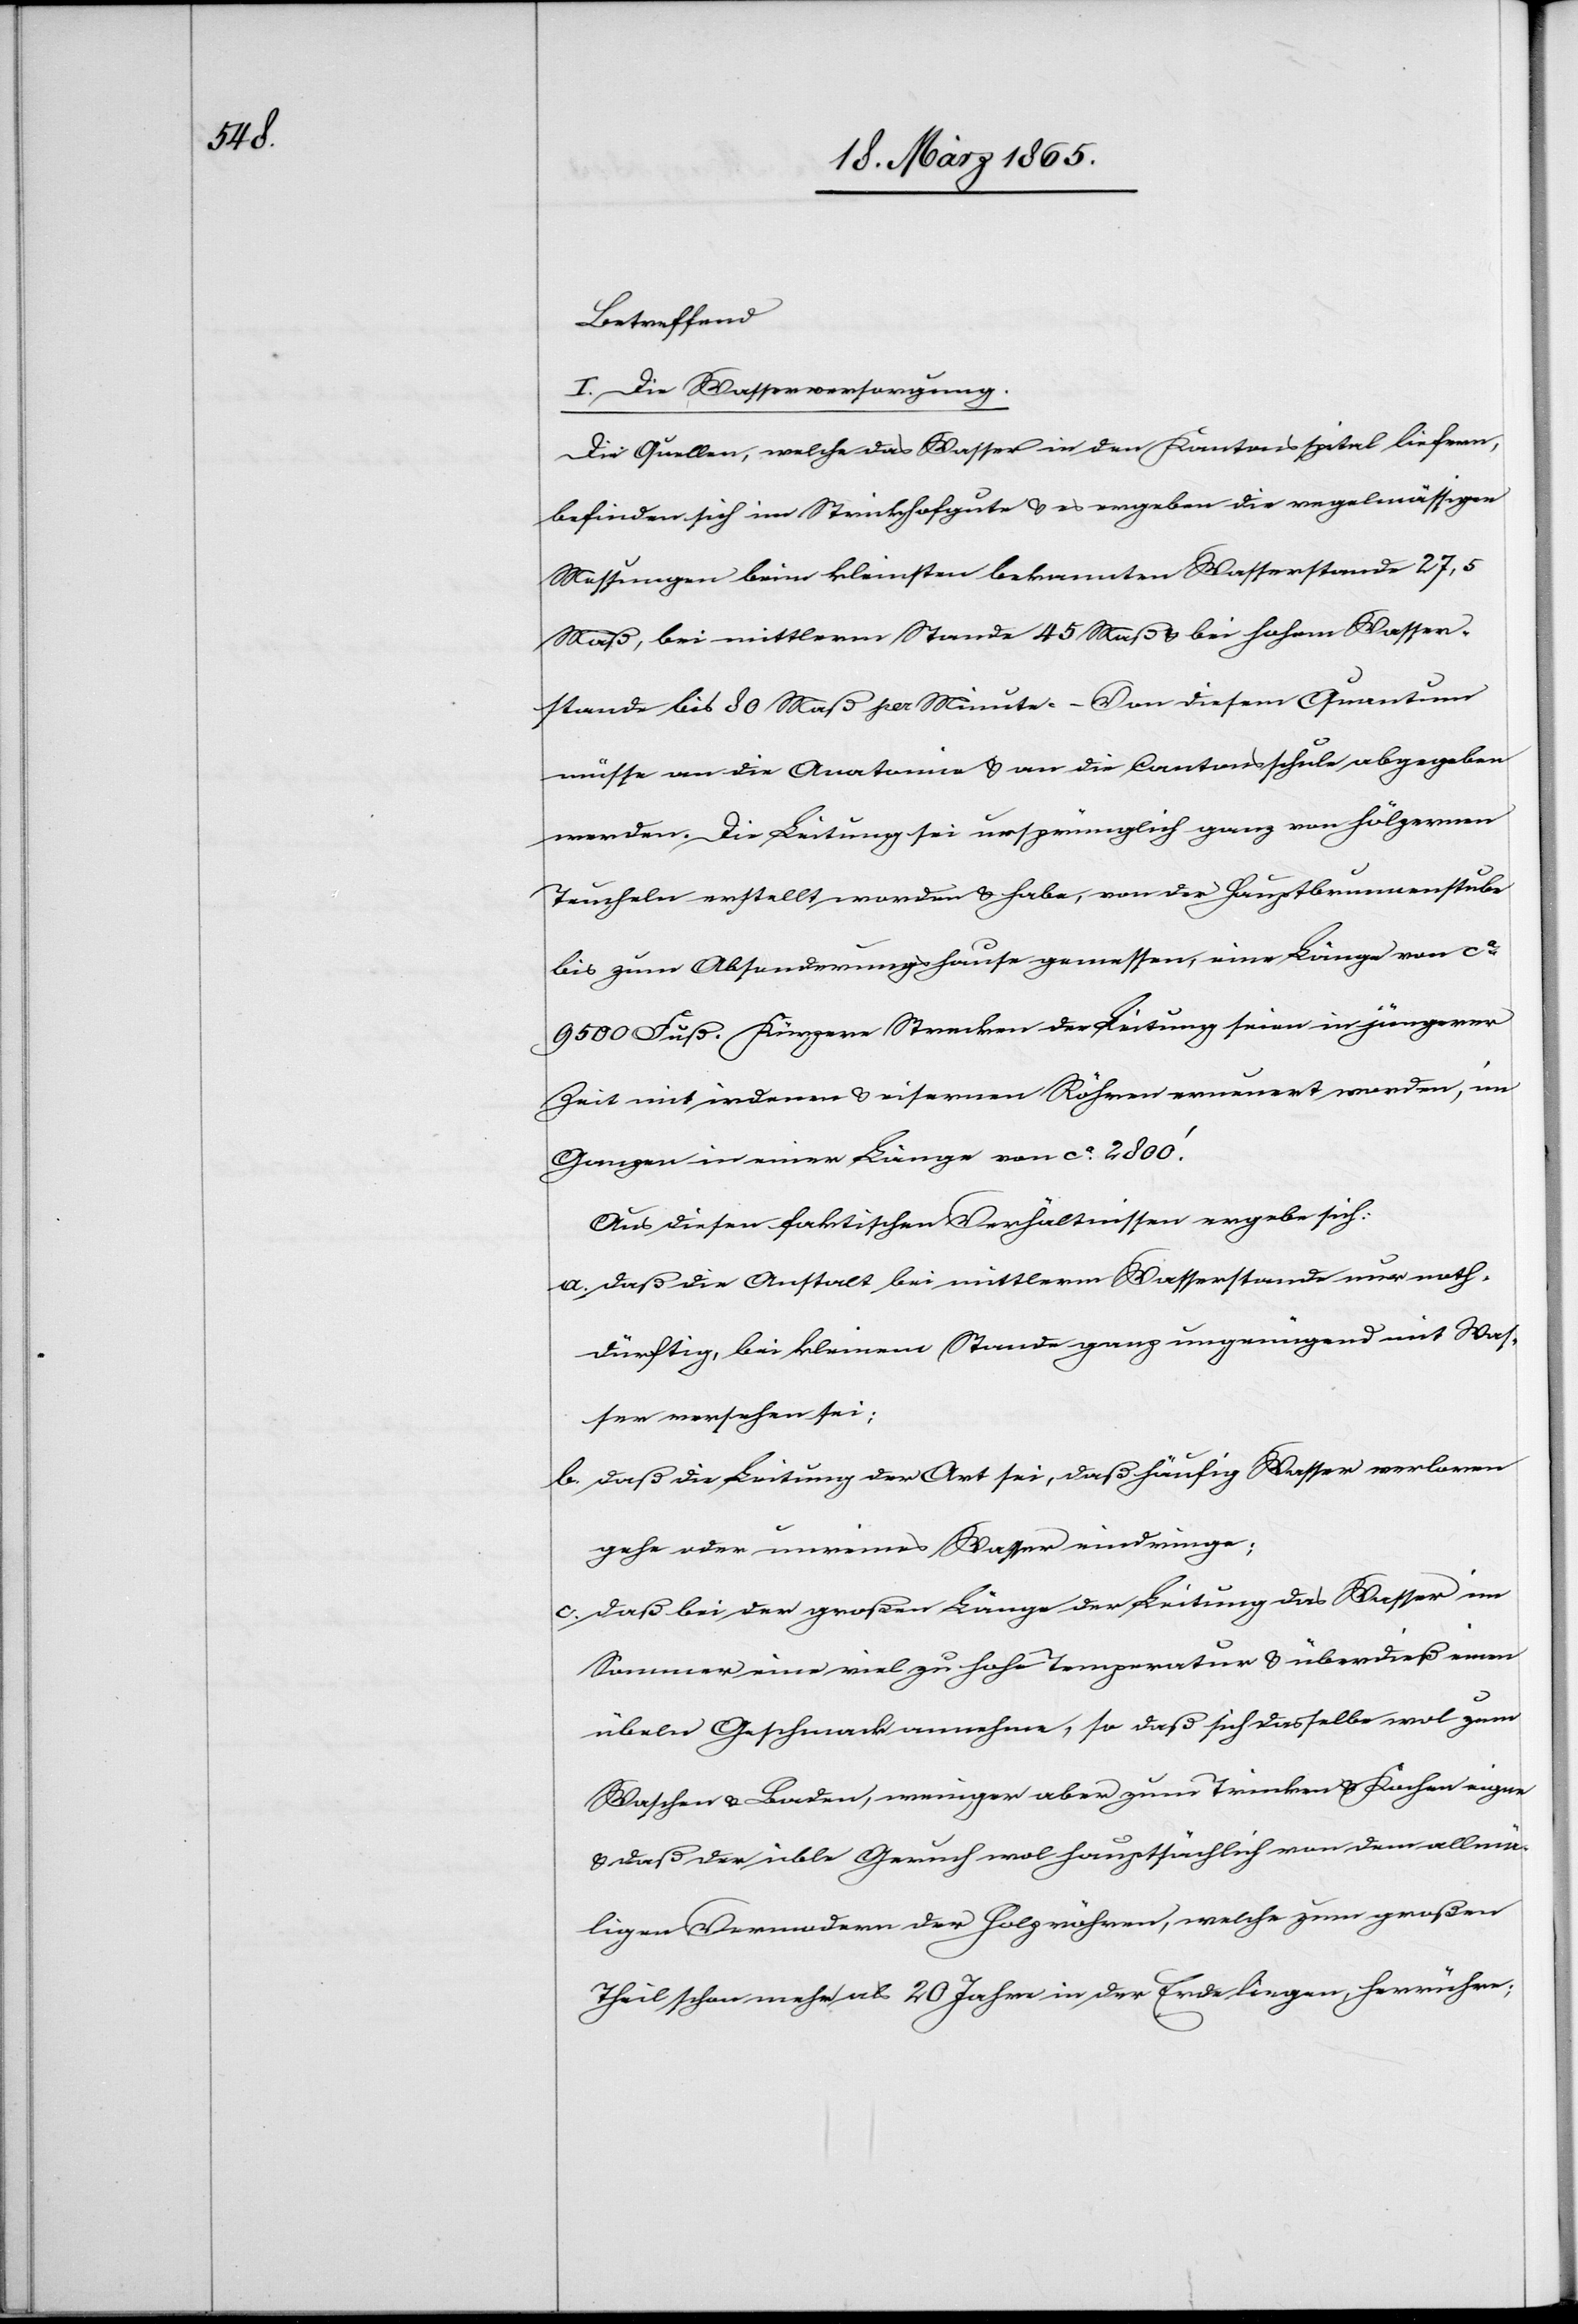
Betreffend
I. Die Wasserversorgung.
Die Quellen, welche das Wasser in den Kantonsspital liefern,
befinden sich im Strickhofgute & es ergeben die regelmässigen
Messungen beim kleinsten bekannten Wasserstande 27,5
Maß, bei mittlerm Stande 45 Maß & bei hohem Wasser¬
stande bis 80 Maß per Minute. – Von diesem Quantum
müsse an die Anatomie & an die Cantonsschule abgegeben
werden. Die Leitung sei ursprünglich ganz von hölzernen
Teucheln erstellt worden & habe, von der Hauptbrunnenstube
bis zum Absonderungshause gemessen, eine Länge von ca
9500 Fuß. Kürzere Strecken der Leitung seien in jüngerer
Zeit mit irdenen & eisernen Röhren erneuert worden, im
Ganzen in einer Länge von ca 2800’.
Aus diesen faktischen Verhältnissen ergebe sich:
a. Daß die Anstalt bei mittlerm Wasserstande nur noth¬
dürftig, bei kleinem Stande ganz ungenügend mit Was¬
ser versehen sei;
b. Daß die Leitung der Art sei, daß häufig Wasser verloren
gehe oder unreines Wasser eindringe;
c. Daß bei der großen Länge der Leitung das Wasser im
Sommer eine viel zu hohe Temperatur & überdieß einen
übeln Geschmack annehme, so daß sich dasselbe wol zum
Waschen & Baden, weniger aber zum Trinken & Kochen eigne
& daß der üble Geruch wol hauptsächlich von dem allmä¬
ligen Vermodern der Holzröhren, welche zum großen
Theil schon mehr als 20 Jahre in der Erde liegen, herrühre;